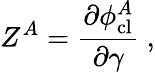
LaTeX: Z^{A}=\frac{\partial\phi_{\mathrm{cl}}^{A}}{\partial\gamma}\ ,